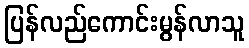
ပြန်လည်ကောင်းမွန်လာသူ